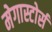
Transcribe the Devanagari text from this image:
मेगास्टोर्स